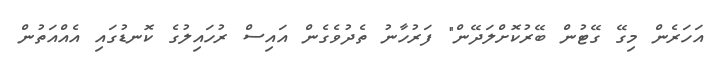
އަހަރެން މިގޭ ގޭޓުން ބޭރުކޮށްލަދޭން" ފަރުހާނު ތެދުވެގެން އައިސް ރުހައިލުގެ ކޮނޑުގައި އެއްއަތުން